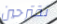
تقترحين